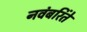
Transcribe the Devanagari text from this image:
नवंबरिंते